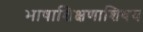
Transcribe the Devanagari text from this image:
भाषाशिक्षणाशिवय